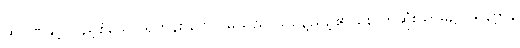
ထိုဂုဏ်နှင့် ပြည့်စုံသော ရဟန်း ဂေါတမသည် ယနေ့ညဉ့်၏ နောက်ဆုံးယာမ်၌ ပရိနိဗ္ဗာန်